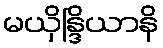
မယှိန္ဒြိယာနိ